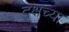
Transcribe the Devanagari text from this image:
दक्षच्या